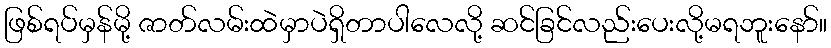
ဖြစ်ရပ်မှန်မို့ ဇာတ်လမ်းထဲမှာပဲရှိတာပါလေလို့ ဆင်ခြင်လည်းပေးလို့မရဘူးနော်။